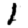
Digit: 1